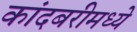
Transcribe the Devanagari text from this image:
कांदबरीमध्ये